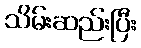
သိမ်းဆည်းပြီး